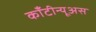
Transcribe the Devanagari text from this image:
काँटीन्यूअस